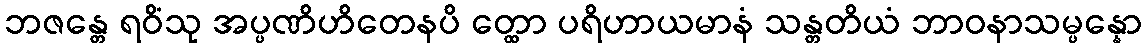
ဘဇန္တေ ရဝိံသု အပ္ပဏိဟိတေနပိ တ္ထော ပရိဟာယမာနံ သန္တတိယံ ဘာဝနာသမ္ပန္နော